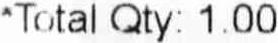
*TOTAL QTY: 1.00